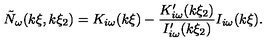
\tilde { N } _ { \omega } ( k \xi , k \xi _ { 2 } ) = K _ { i \omega } ( k \xi ) - \frac { K _ { i \omega } ^ { \prime } ( k \xi _ { 2 } ) } { I _ { i \omega } ^ { \prime } ( k \xi _ { 2 } ) } I _ { i \omega } ( k \xi ) .